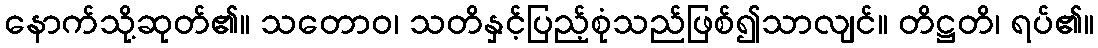
နောက်သို့ဆုတ်၏။ သတောဝ၊ သတိနှင့်ပြည့်စုံသည်ဖြစ်၍သာလျင်။ တိဋ္ဌတိ၊ ရပ်၏။